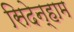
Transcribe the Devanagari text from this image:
सिदेन्हाम